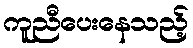
ကူညီပေးနေသည့်